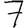
Digit: 7